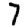
Digit: 7